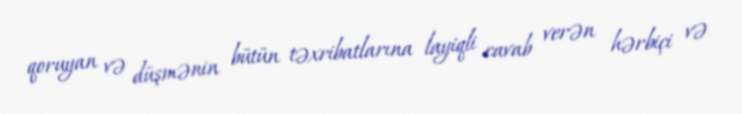
qoruyan və düşmənin bütün təxribatlarına layiqli cavab verən hərbiçi və